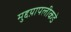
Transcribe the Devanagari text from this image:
मुद्दय़ापलीकडे